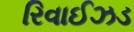
રિવાઈઝડ